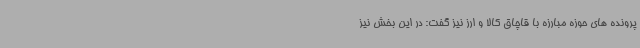
پرونده های حوزه مبارزه با قاچاق کالا و ارز نیز گفت: در این بخش نیز